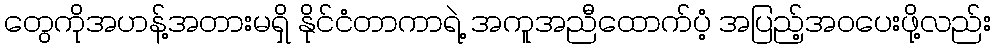
တွေကိုအဟန့်အတားမရှိ နိုင်ငံတာကာရဲ့ အကူအညီထောက်ပံ့ အပြည့်အဝပေးဖို့လည်း